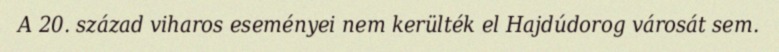
A 20. század viharos eseményei nem kerülték el Hajdúdorog városát sem.